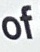
of